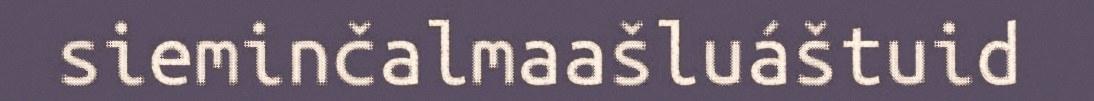
sieminčalmaašluáštuid